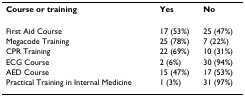
<table><thead><tr><td><b>Course or training</b></td><td><b>Yes</b></td><td><b>No</b></td></tr></thead><tbody><tr><td>First Aid Course</td><td>17 (53%)</td><td>25 (47%)</td></tr><tr><td>Megacode Training</td><td>25 (78%)</td><td>7 (22%)</td></tr><tr><td>CPR Training</td><td>22 (69%)</td><td>10 (31%)</td></tr><tr><td>ECG Course</td><td>2 (6%)</td><td>30 (94%)</td></tr><tr><td>AED Course</td><td>15 (47%)</td><td>17 (53%)</td></tr><tr><td>Practical Training in Internal Medicine</td><td>1 (3%)</td><td>31 (97%)</td></tr></tbody></table>